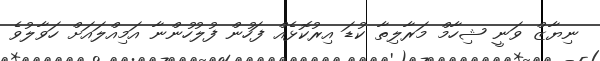
ނިޔާޒް ވަނީ ޝިހާމް މަރާލިތާ ކުޑަ އިރުކޮޅެއް ފަހުން ފުލުހުންނާ އަމިއްލައަށް ހަވާލުވެ